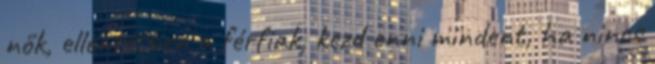
nők, ellentétben a férfiak, kezd enni mindent, ha nincs